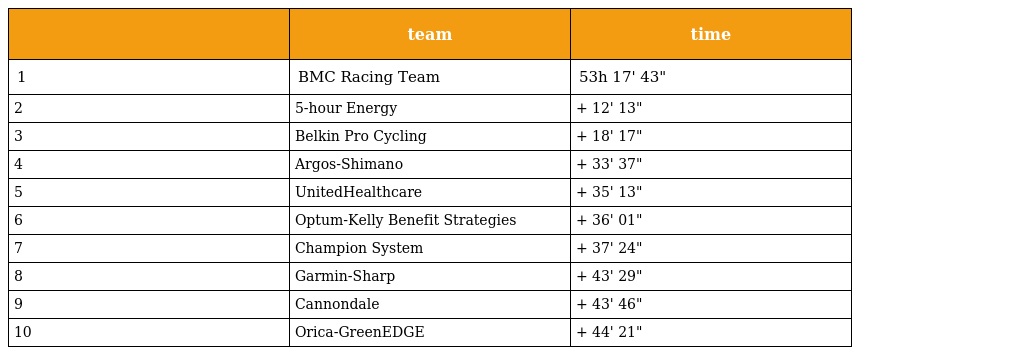
|  | team | time |
 | --- | --- | --- |
 | 1 | BMC Racing Team | 53h 17' 43" |
 | 2 | 5-hour Energy | + 12' 13" |
 | 3 | Belkin Pro Cycling | + 18' 17" |
 | 4 | Argos-Shimano | + 33' 37" |
 | 5 | UnitedHealthcare | + 35' 13" |
 | 6 | Optum-Kelly Benefit Strategies | + 36' 01" |
 | 7 | Champion System | + 37' 24" |
 | 8 | Garmin-Sharp | + 43' 29" |
 | 9 | Cannondale | + 43' 46" |
 | 10 | Orica-GreenEDGE | + 44' 21" |